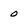
Character: 0